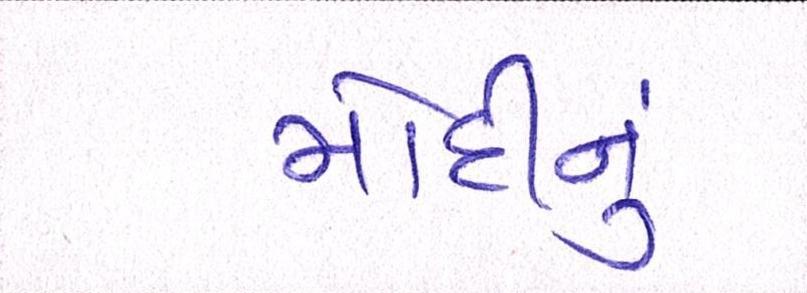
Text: મોદીનુ